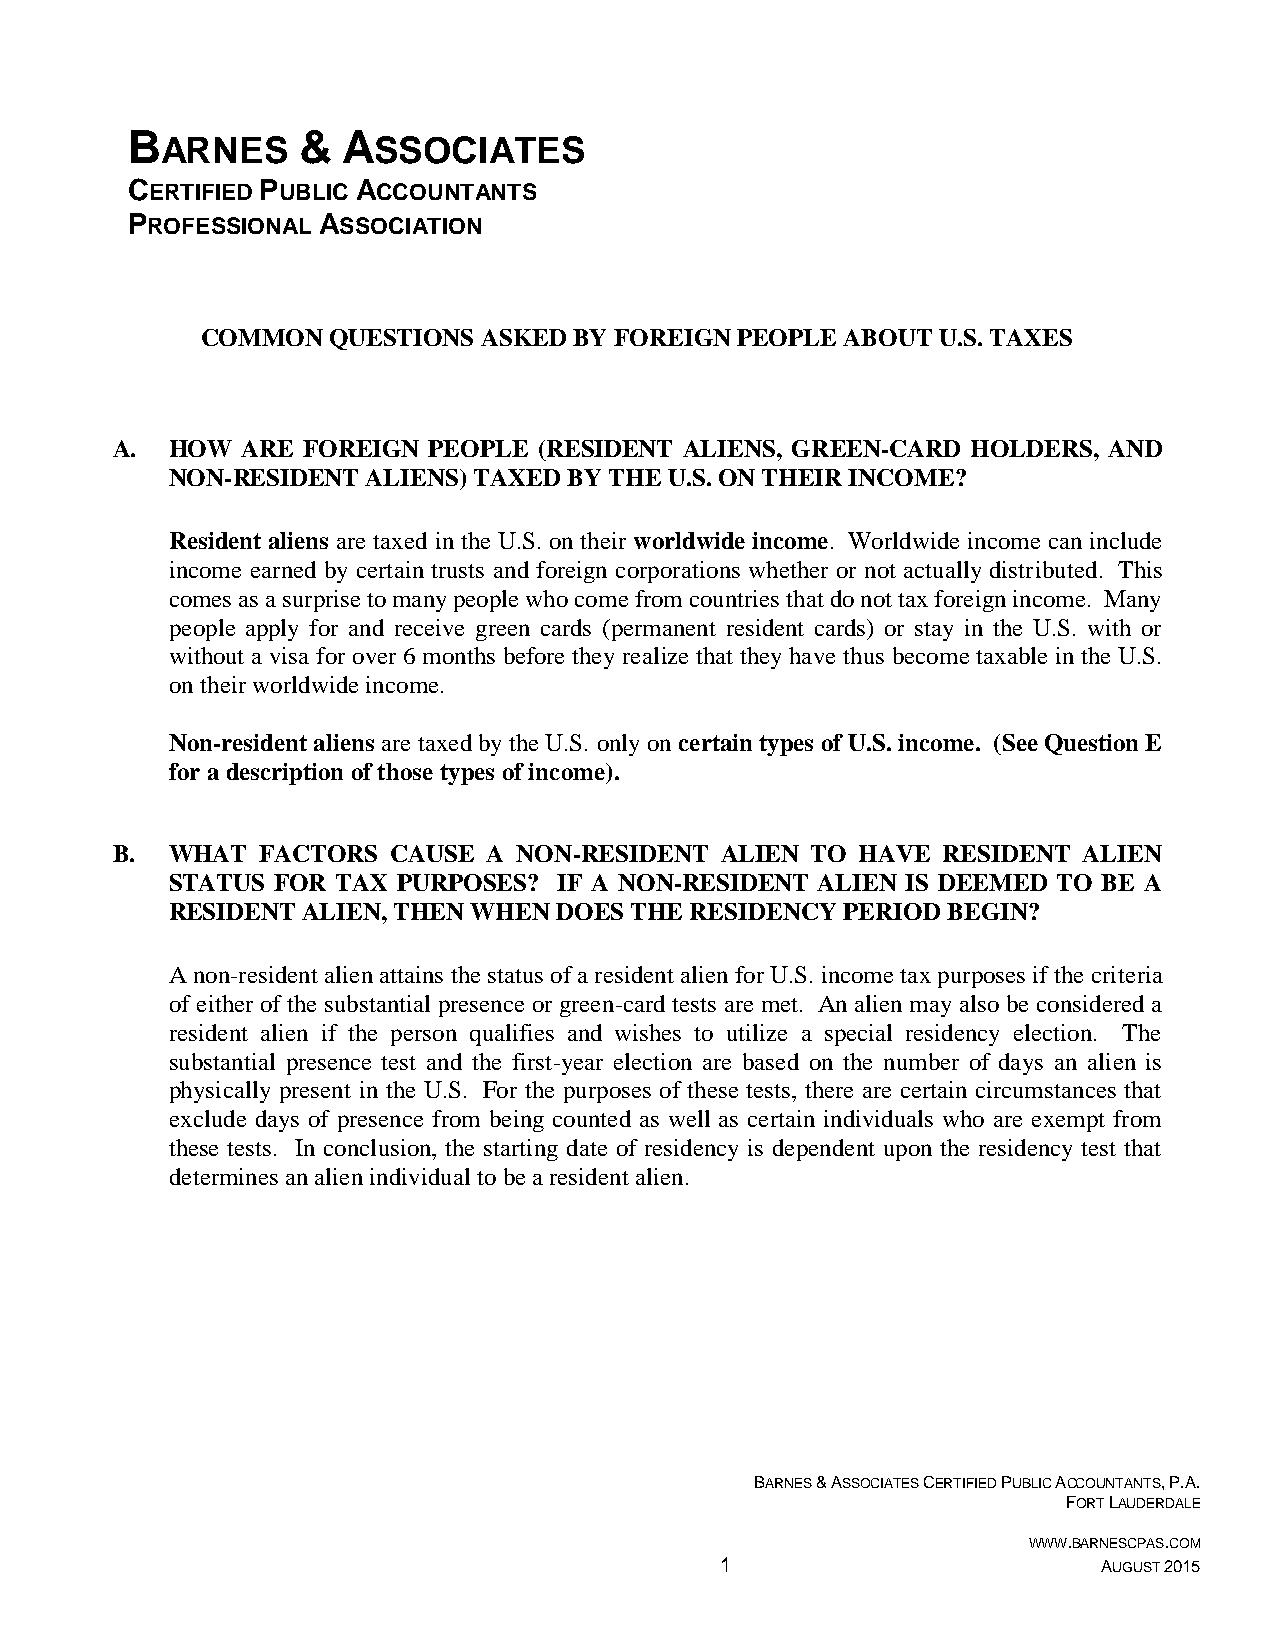
B
 ARNES
 &  A
 SSOCIATES
 CERTIFIED PUBLIC ACCOUNTANTS
 PROFESSIONAL ASSOCIATION
 COMMON   QUESTIONS ASKED BY FOREIGN PEOPLE ABOUT U.S. TAXES
 A.  HOW  ARE FOREIGN PEOPLE  (RESIDENT ALIENS, GREEN-CARD HOLDERS, AND
 NON-RESIDENT ALIENS) TAXED BY THE U.S. ON THEIR INCOME?
 Resident aliens are taxed in the U.S. on their worldwide income. Worldwide income can include
 income earned by certain trusts and foreign corporations whether or not actually distributed. This
 comes as a surprise to many people who come from countries that do not tax foreign income. Many
 people apply for and receive green cards (permanent resident cards) or stay in the U.S. with or
 without a visa for over 6 months before they realize that they have thus become taxable in the U.S.
 on their worldwide income.
 Non-resident aliens are taxed by the U.S. only on certain types of U.S. income. (See Question E
 for a description of those types of income).
 B.  WHAT  FACTORS  CAUSE A NON-RESIDENT  ALIEN TO HAVE RESIDENT  ALIEN
 STATUS FOR TAX PURPOSES?  IF A NON-RESIDENT ALIEN IS DEEMED TO BE A
 RESIDENT ALIEN, THEN WHEN DOES THE RESIDENCY PERIOD BEGIN?
 A non-resident alien attains the status of a resident alien for U.S. income tax purposes if the criteria
 of either of the substantial presence or green-card tests are met. An alien may also be considered a
 resident alien if the person qualifies and wishes to utilize a special residency election. The
 substantial presence test and the first-year election are based on the number of days an alien is
 physically present in the U.S. For the purposes of these tests, there are certain circumstances that
 exclude days of presence from being counted as well as certain individuals who are exempt from
 these tests. In conclusion, the starting date of residency is dependent upon the residency test that
 determines an alien individual to be a resident alien.
 BARNES & ASSOCIATES CERTIFIED PUBLIC ACCOUNTANTS, P.A.
 FORT LAUDERDALE
 WWW.BARNESCPAS.COM
 1                        AUGUST 2015